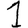
Digit: 1